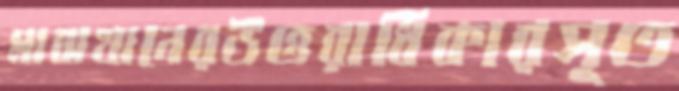
মাঝখানেরউত্তরাধিকারসূত